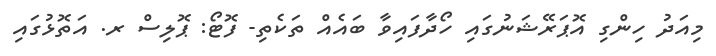
މިއަދު ހިންގި އޮޕަރޭޝަނުގައި ހޯދާފައިވާ ބައެއް ތަކެތި- ފޮޓޯ: ޕޮލިސް ރ. އަތޮޅުގައި